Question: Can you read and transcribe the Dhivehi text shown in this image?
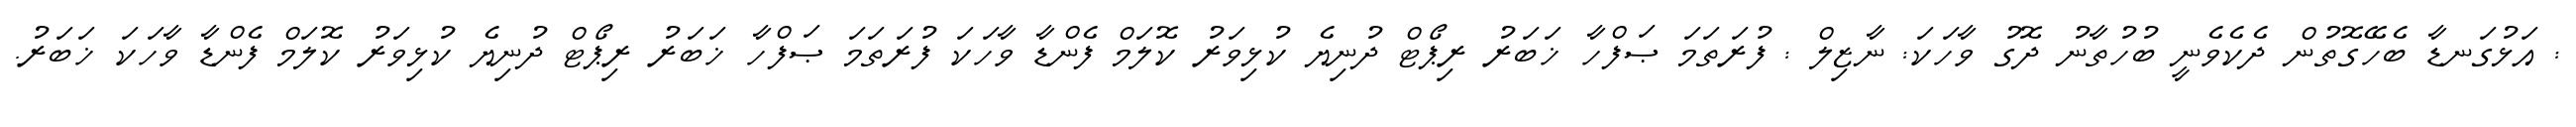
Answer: : އަޅުގަނޑާ ބެހޭގޮތުން ދެކެވެނީ ބުހުތާނު ދޮގު ވާހަކަ: ނާޒިލް : ފުރަތަމަ ޞަފްހާ ޚަބަރު ރިޕޯޓް ދުނިޔެ ކުޅިވަރު ކޮލަމް ފެންޑާ ވާހަކަ ފުރަތަމަ ޞަފްހާ ޚަބަރު ރިޕޯޓް ދުނިޔެ ކުޅިވަރު ކޮލަމް ފެންޑާ ވާހަކަ ޚަބަރު.